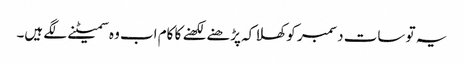
یہ تو سات دسمبر کو کھلا کہ پڑھنے لکھنے کا کام اب وہ سمیٹنے لگے ہیں۔